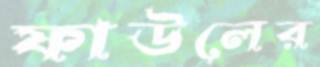
ফাউলের